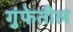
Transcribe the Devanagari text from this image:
गुंफेतील